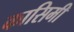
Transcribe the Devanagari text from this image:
कासिमी